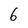
Character: 6